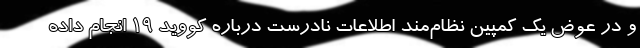
و در عوض یک کمپین نظام‌مند اطلاعات نادرست درباره کووید ۱۹ انجام داده